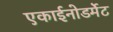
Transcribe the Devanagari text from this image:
एकाईनोडर्मेट